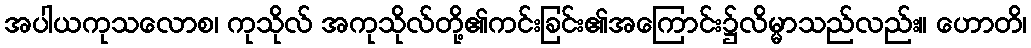
အပါယကုသလောစ၊ ကုသိုလ် အကုသိုလ်တို့၏ကင်းခြင်း၏အကြောင်း၌လိမ္မာသည်လည်း။ ဟောတိ၊